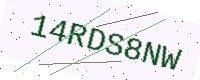
Text: 14RDS8NW